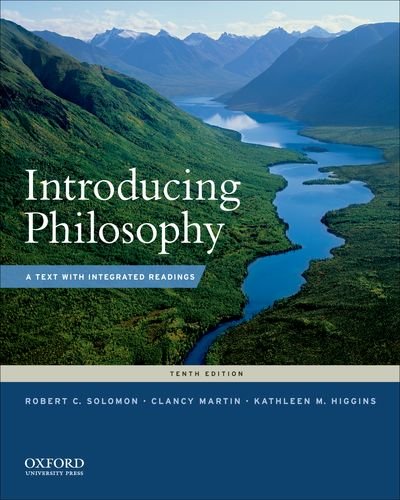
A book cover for Introducing Philosophy: A Text with Integrated Readings; Robert C. Solomon; Politics & Social Sciences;